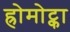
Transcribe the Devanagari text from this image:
ह्रोमोट्का